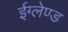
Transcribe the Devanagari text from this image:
ईग्‍लेण्‍ड